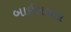
બાઇલબલ